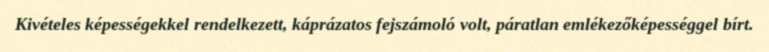
Kivételes képességekkel rendelkezett, káprázatos fejszámoló volt, páratlan emlékezőképességgel bírt.